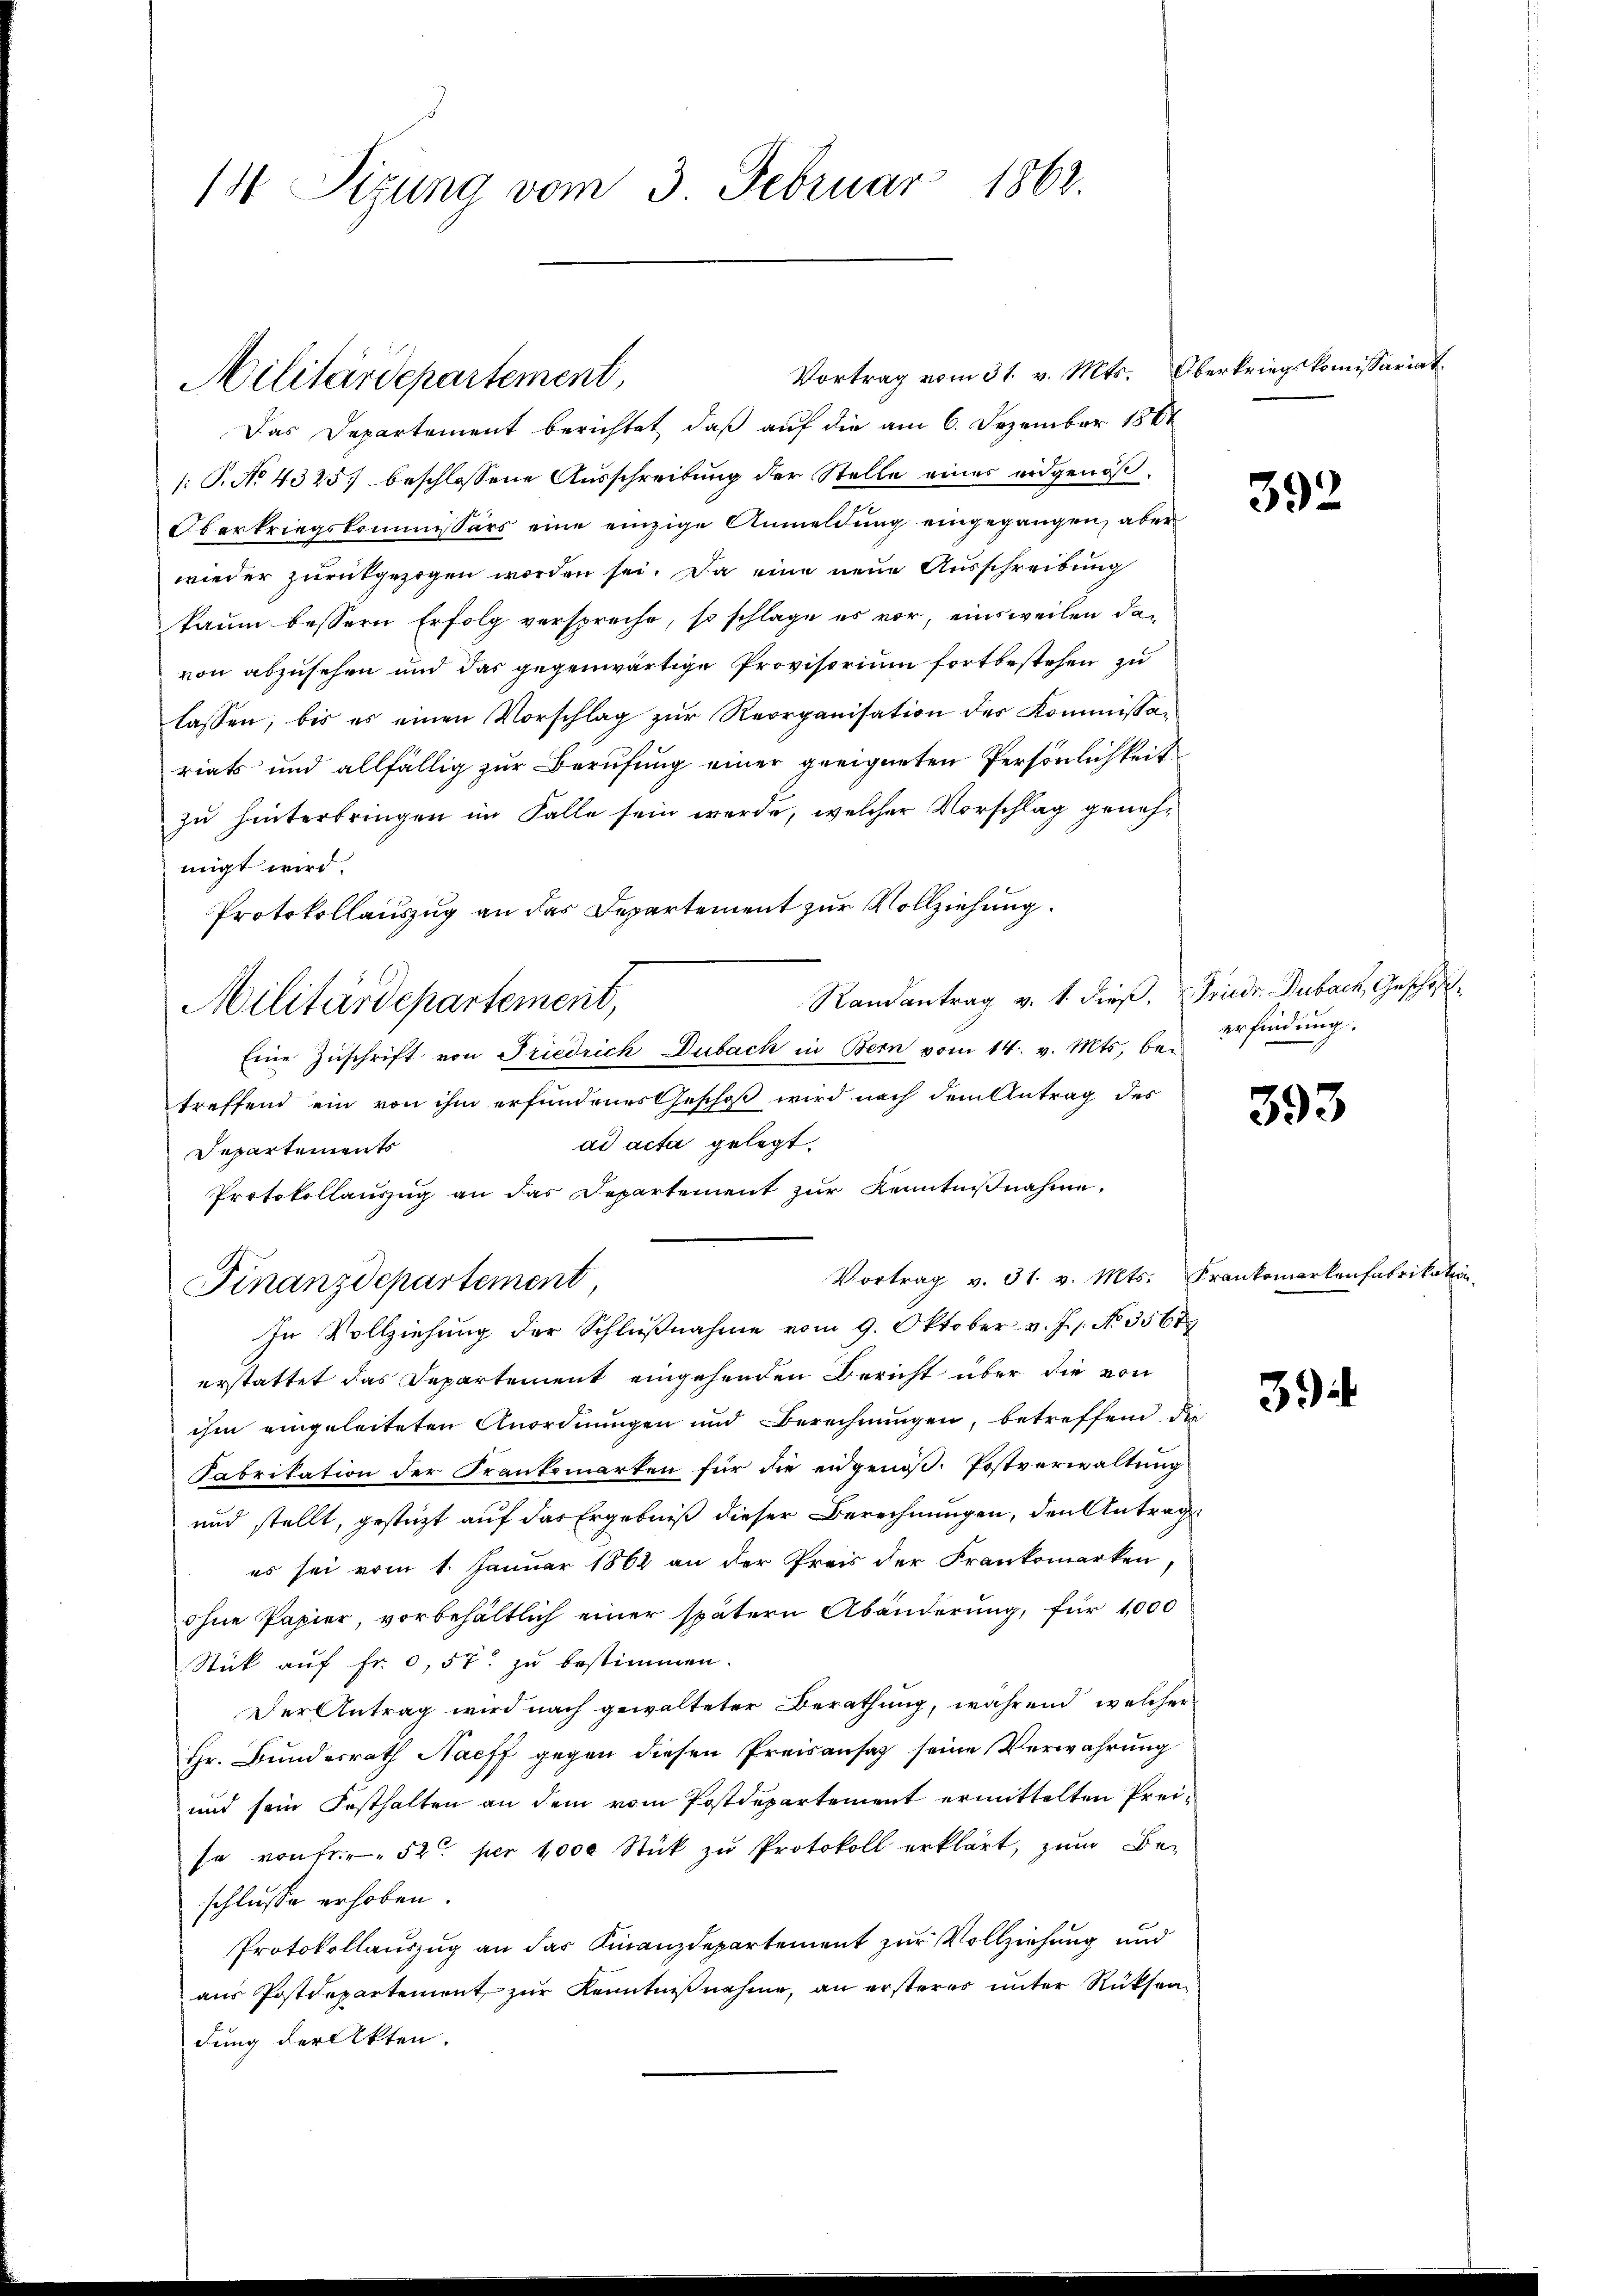
1 Sizung vom 3. Februar 1862.

Militärdepartement,

Das Departement berichtet, daß auf die am 6. Dezember 1861
(: P. No 4325) beschlossene Ausschreibung der Stelle einer eidgenöß¬
Oberkriegskommissärs eine einzige Anmeldung eingegangen, aber
wieder zurückgezogen worden sei. Da eine neue Ausschreibung
kaum bessern Erfolg verspreche, so schlage es vor, einsweilen davon abzusehen und das gegenwärtige Provisorium fortbestehen zu
lassen, bis es einen Vorschlag zur Reorganisation des Kommissariats und allfällig zur Berufung einer geeigneten Persönlichkeit
zu hinterbringen im Falle sein werde, welcher Vorschlag genehmigt wird.
Protokollauszug an das Departement zur Vollziehung.
Militärdepartement,
Eine Zuschrift von Friedrich Dubach in Bern vom 14. v. Mts. be-
treffend ein von ihm erfundenes Geschoß wird nach dem Antrag des
ad acta gelegt.
Departements
Protokollaŭszŭg an das Departement zŭr Kenntniβnahme.
Vortrag v. 31. v. Mts. Frankomarkenfabrikation,
Finanzdepartement,
In Vollziehung der Schlŭβnahme vom 9. Oktober v. J. s. No 3567
erstattet das Departement eingehenden Bericht über die von
ihm eingeleiteten Anordnungen und Berechnungen, betreffend die
Fabrikation der Frankomarten für die engenöß. Postverwaltung
und stellt, gestüzt auf das Ergebniß dieser Berechnungen, den Antrag
es sei vom 1. Januar 1862 an der Preis der Frankomarken,
ohne Papier, vorbehältlich einer spätern Abänderung, für 1000
Stük auf fr. 0,57 zu bestimmen.
Der Antrag wird nach gewalteter Berathung, während welcher
Hr. Bundesrath Naeff gegen diesen Preisansaz seine Verwahrung
und sein Festhalten an dem vom Postdepartement ermittelten Preise von fr. 52 pr 1000 Stück zŭ Protokoll erklärt, zum Beschlusse erhoben.
Protokollauszug an das Finanzdepartement zur Vollziehung und
aus Postdepartement zur Kenntnißnahme, an ersterer unter Rücksendung der Akten.

Randantrag v. 1. dieß, Friedr. Dubach, Geschäft¬

Vortrag vom 31. v. Mts. Oberkriegskomissariat

392

erfindung.

393

3